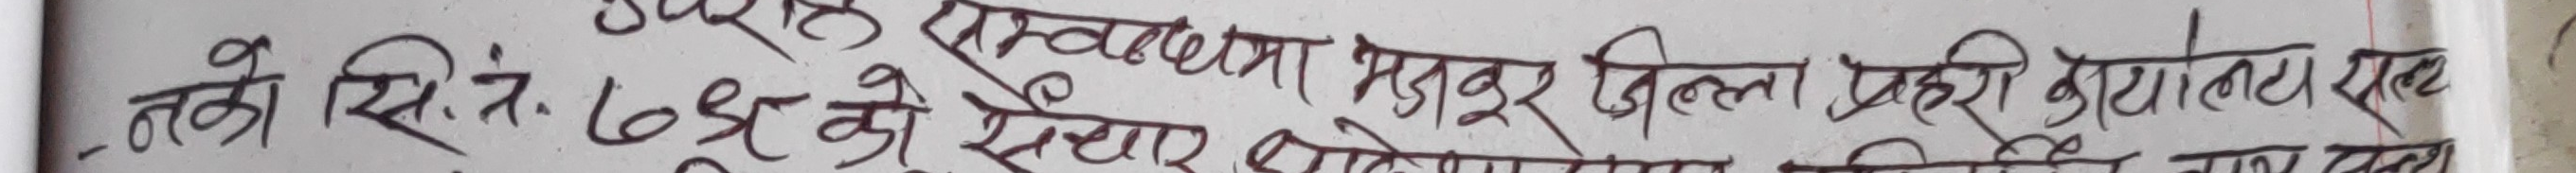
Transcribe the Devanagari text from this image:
उपरक्त प्रत्योजना मजूर जिल्ला प्रभारी कोयलाय एवं
- तको सिं.नं. ६४२ के सुधार कोयलाय प्रविग नाय त्वम्